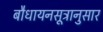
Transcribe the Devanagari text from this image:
बौधायनसूत्रानुसार